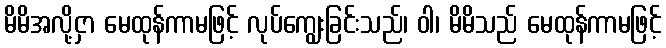
မိမိအလို့ငှာ မေထုန်ကာမဖြင့် လုပ်ကျွေးခြင်းသည်၊ ဝါ၊ မိမိသည် မေထုန်ကာမဖြင့်